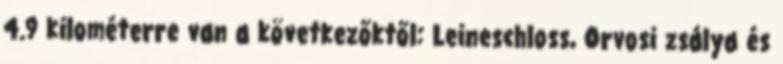
4.9 kilométerre van a következőktől: Leineschloss, Orvosi zsálya és